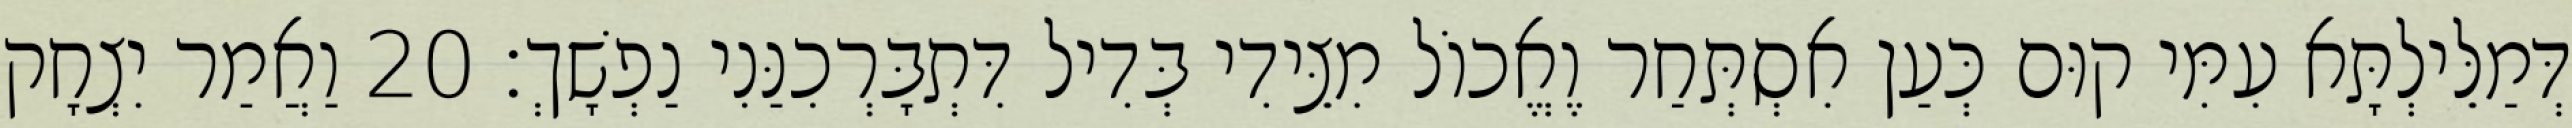
דְּמַלֵּילְתָּא עִמִּי קוּם כְּעַן אִסְתְּחַר וֶאֱכוֹל מִצֵּידִי בְּדִיל דִּתְבָּרְכִנַּנִי נַפְשָׁךְ׃ 20 וַאֲמַר יִצְחָק